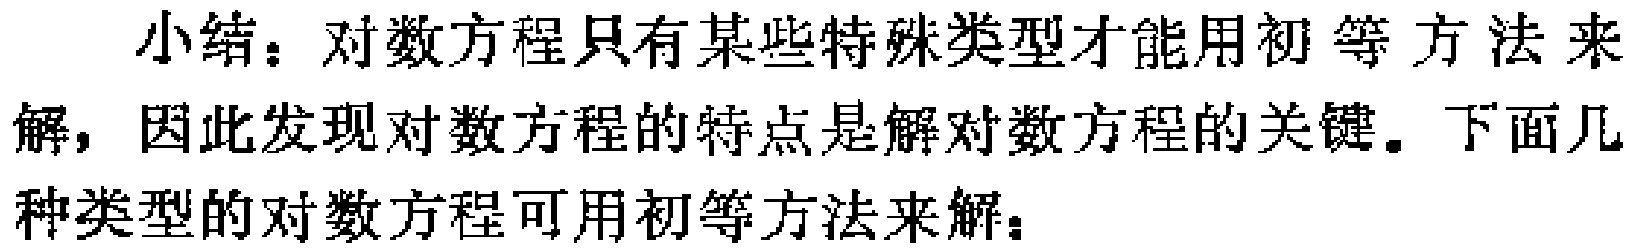
小结：对数方程只有某些特殊类型才能用初等方法来解，因此发现对数方程的特点是解对数方程的关键。下面几种类型的对数方程可用初等方法来解：